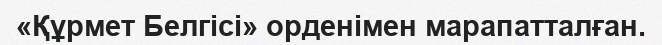
«Құрмет Белгісі» орденімен марапатталған.